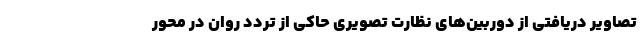
تصاویر دریافتی از دوربین‌های نظارت تصویری حاکی از تردد روان در محور